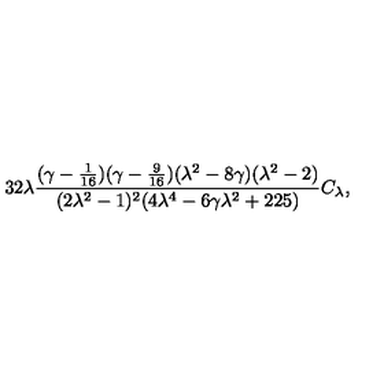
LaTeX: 3 2 \lambda { \frac { ( \gamma - { \frac { 1 } { 1 6 } } ) ( \gamma - { \frac { 9 } { 1 6 } } ) ( \lambda ^ { 2 } - 8 \gamma ) ( \lambda ^ { 2 } - 2 ) } { ( 2 \lambda ^ { 2 } - 1 ) ^ { 2 } ( 4 \lambda ^ { 4 } - 6 \gamma \lambda ^ { 2 } + 2 2 5 ) } } C _ { \lambda } ,